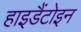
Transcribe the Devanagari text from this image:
हाइडैंटोइन